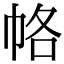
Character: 𭘞